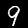
Digit: 9